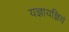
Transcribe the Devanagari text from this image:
यज्ञायज्ञियं